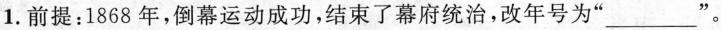
1.前提：1868年，倒幕运动成功，结束了幕府统治，改年号为”___ ”。